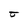
Character: t